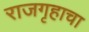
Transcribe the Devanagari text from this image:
राजगृहाचा